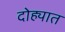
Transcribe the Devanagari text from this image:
दोह्यात